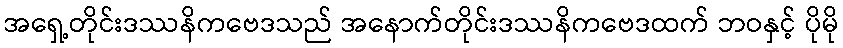
အရှေ့တိုင်းဒဿနိကဗေဒသည် အနောက်တိုင်းဒဿနိကဗေဒထက် ဘဝနှင့် ပိုမို